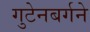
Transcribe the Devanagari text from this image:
गुटेनबर्गने